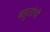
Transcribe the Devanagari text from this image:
बहुतांची